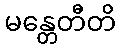
မန္တေတီတိ